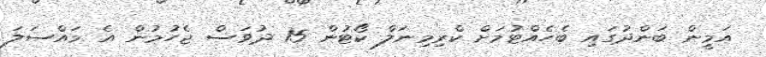
އަމީން ބަންދުގައި ބެހެއްޓުމަށް ކްރިމިނަލް ކޯޓުން 15 ދުވަސް ޖެހުމުން އެ މައްސަލަ